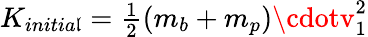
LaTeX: K_{initia\mathfrak{l}}={\begin{array}{l}{{\frac{1}{2}}}\end{array}}(m_{b}+m_{p})\cdotv_{1}^{2}